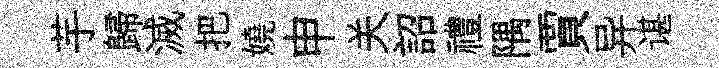
芋歸滅把嬈申关詔禮隅賈异谌